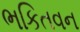
ભકિતવન